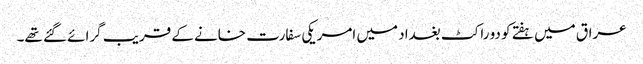
عراق میں ہفتے کو دو راکٹ بغداد میں امریکی سفارت خانے کے قریب گرائے گئے تھے۔